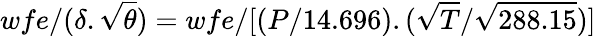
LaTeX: wfe/({\delta}.{\sqrt{\theta}})=wfe/[(P/14.696).({\sqrt{T}}/{\sqrt{288.15}})]